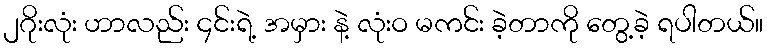
၂ဂိုးလုံး ဟာလည်း ၄င်းရဲ့ အမှား နဲ့ လုံးဝ မကင်း ခဲ့တာကို တွေ့ခဲ့ ရပါတယ်။